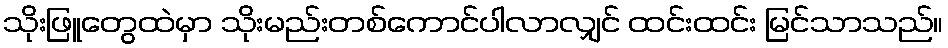
သိုးဖြူတွေထဲမှာ သိုးမည်းတစ်ကောင်ပါလာလျှင် ထင်းထင်း မြင်သာသည်။